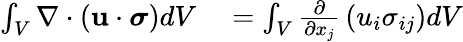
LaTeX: \begin{array}{rl}{\int_{V}\nabla\cdot\left(\mathbf{u}\cdot{\boldsymbol{\sigma}}\right)dV}&{{}=\int_{V}{\frac{\partial}{\partial x_{j}}}\left(u_{i}\sigma_{ij}\right)dV}\end{array}